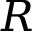
R